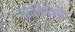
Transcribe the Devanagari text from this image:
पारिस्थितिकी।